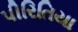
પીરિતિયા